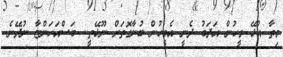
މިތާ އުޅޭ މީހުން އަދަބު ދެނީ އެމީހުން ބުނާގޮތަށް ނޫޅޭތީ.. ބަސްއަހަންޏާ ނުދޭނެ..